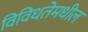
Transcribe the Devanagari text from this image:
विविधतेमधील